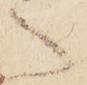
へ